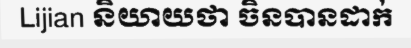
Lijian និយាយថា ចិនបានដាក់